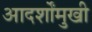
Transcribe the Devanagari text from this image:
आदर्शोंमुखी